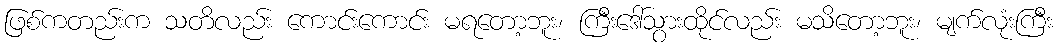
ဖြစ်ကတည်းက သတိလည်း ကောင်းကောင်း မရတော့ဘူး၊ ကြီးဒေါ်သွားထိုင်လည်း မသိတော့ဘူး၊ မျက်လုံးကြီး